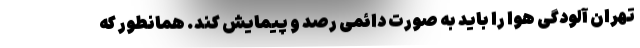
تهران آلودگی هوا را باید به صورت دائمی رصد و پیمایش کند. همانطور که